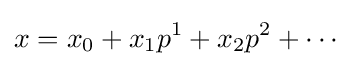
x=x_{0}+x_{1}p^{1}+x_{2}p^{2}+\cdots